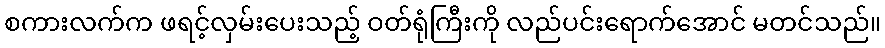
စကားလက်က ဖရင့်လှမ်းပေးသည့် ဝတ်ရုံကြီးကို လည်ပင်းရောက်အောင် မတင်သည်။